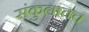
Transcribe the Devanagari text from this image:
संकुलातच